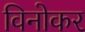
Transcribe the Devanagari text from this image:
विनोकर